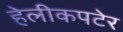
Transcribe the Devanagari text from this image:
हेलीकपटेर